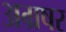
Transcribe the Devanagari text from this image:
अग्रषर